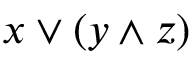
x \vee ( y \wedge z )